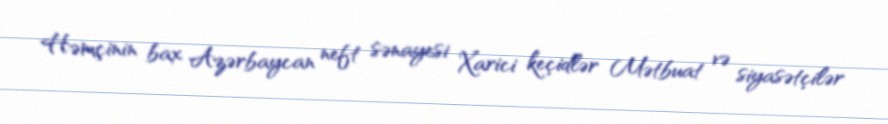
Həmçinin bax Azərbaycan neft sənayesi Xarici keçidlər Mətbuat və siyasətçilər